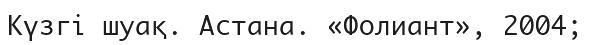
Күзгі шуақ. Астана. «Фолиант», 2004;